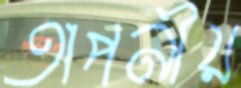
তাপনীয়